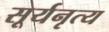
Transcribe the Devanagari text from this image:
सूर्यनृत्य